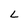
Character: L